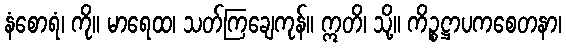
နံစောရံ၊ ကို။ မာရေထ၊ သတ်ကြချေကုန်။ ဣတိ၊ သို့။ ကိဉ္စဋ္ဌာပကစေတနာ၊